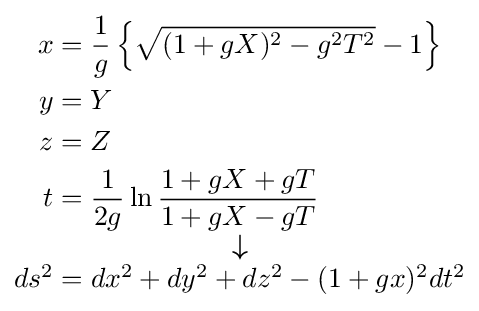
{\scriptstyle {\begin{matrix}{\begin{aligned}x&={\frac {1}{g}}\left\{{\sqrt {(1+gX)^{2}-g^{2}T^{2}}}-1\right\}\\y&=Y\\z&=Z\\t&={\frac {1}{2g}}\ln {\frac {1+gX+gT}{1+gX-gT}}\end{aligned}}\\{\boldsymbol {\downarrow }}\\ds^{2}=dx^{2}+dy^{2}+dz^{2}-(1+gx)^{2}dt^{2}\end{matrix}}}